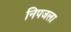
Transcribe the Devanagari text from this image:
निपजला